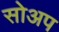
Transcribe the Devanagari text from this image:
सोअप